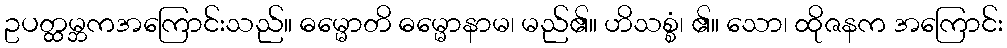
ဥပတ္ထမ္ဘကအကြောင်းသည်။ ဓမ္မောတိ ဓမ္မောနာမ၊ မည်၏။ ဟိသစ္စံ၊ ၏။ သော၊ ထိုဇနက အကြောင်း